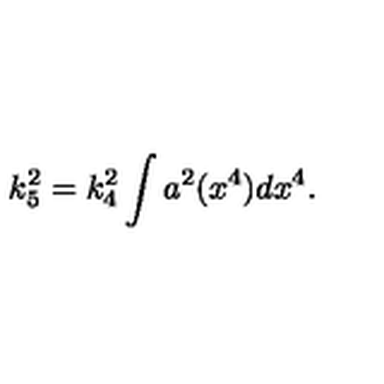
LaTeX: k _ { 5 } ^ { 2 } = k _ { 4 } ^ { 2 } \int a ^ { 2 } ( x ^ { 4 } ) d x ^ { 4 } .